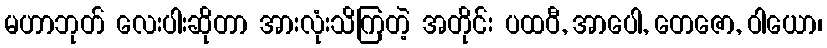
မဟာဘုတ် လေးပါးဆိုတာ အားလုံးသိကြတဲ့ အတိုင်း ပထဝီ, အာပေါ, တေဇော, ဝါယော၊